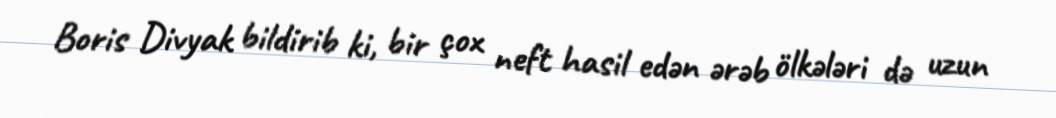
Boris Divyak bildirib ki, bir çox neft hasil edən ərəb ölkələri də uzun